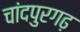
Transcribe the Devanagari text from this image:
चांदपुरगढ़